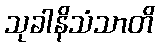
သုခါနိသံသာတိ